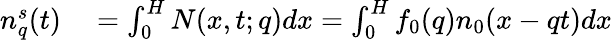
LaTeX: \begin{array}{rl}{n_{q}^{s}(t)}&{{}=\int_{0}^{H}N(x,t;q)dx=\int_{0}^{H}f_{0}(q)n_{0}(x-qt)dx}\end{array}